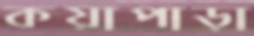
কয়াপাড়া